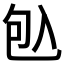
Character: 𠓨